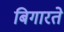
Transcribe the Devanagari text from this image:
बिगारते